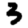
Digit: 3